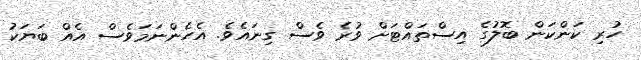
ހުރި ކަންކަން ބޮލުގެ އިސްތައްޓަށް ވުރެ ވެސް ގިނައެވެ. އެހެންނަމަވެސް އެއް ބަޔަކު